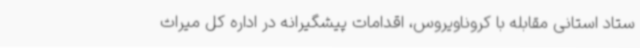
ستاد استانی مقابله با کروناویروس، اقدامات پیشگیرانه در اداره کل میراث